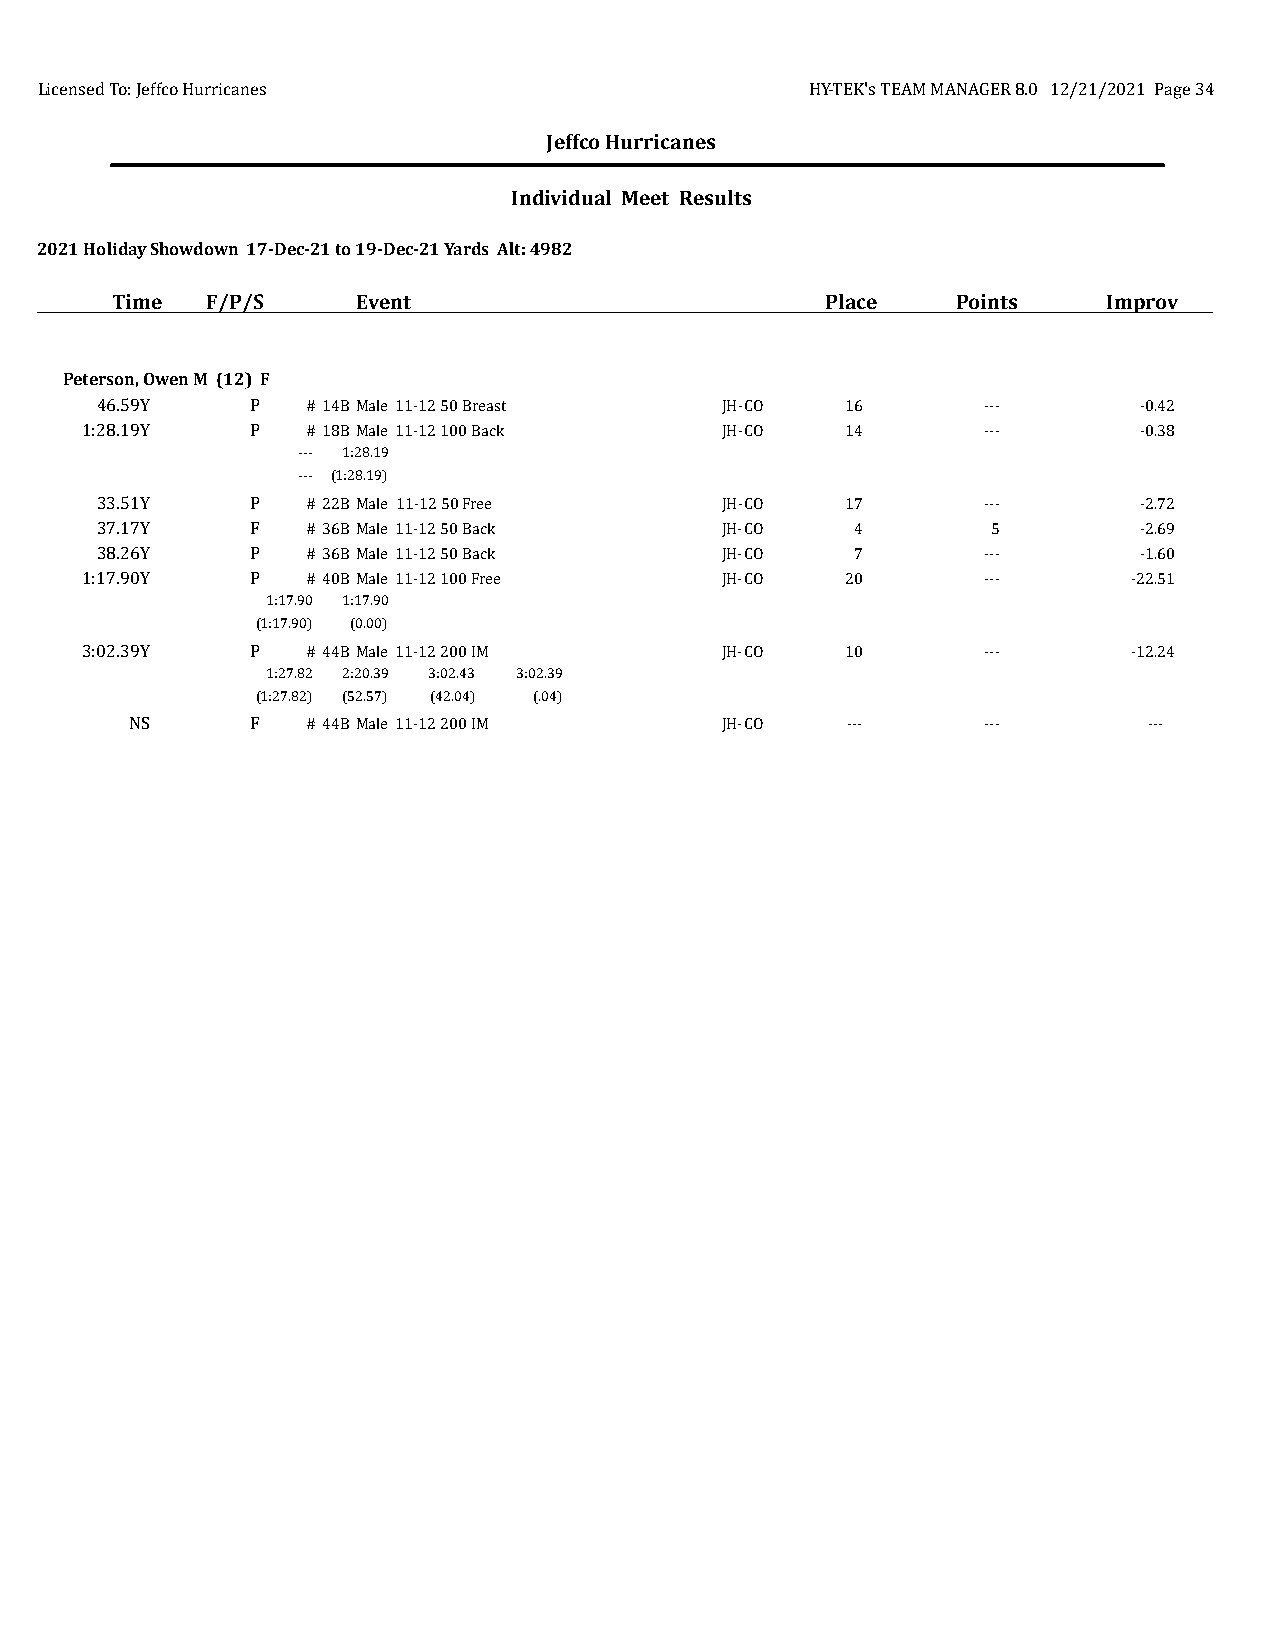
Licensed To: Jeffco Hurricanes                      HY-TEK's TEAM MANAGER 8.0 12/21/2021 Page 34
 Jeffco Hurricanes
 Individual Meet Results
 2021 Holiday Showdown 17-Dec-21 to 19-Dec-21 Yards Alt: 4982
 Time   F/P/S     Event                          Place   Points    Improv
 Peterson, Owen M (12) F
 46.59Y     P  # 14BMale 11-12 50 Breast   JH-CO   16       ---       -0.42
 1:28.19Y    P  # 18BMale 11-12 100 Back    JH-CO   14       ---       -0.38
 --- 1:28.19
 --- (1:28.19)
 33.51Y     P  # 22BMale 11-12 50 Free     JH-CO   17       ---       -2.72
 37.17Y     F  # 36BMale 11-12 50 Back     JH-CO    4        5        -2.69
 38.26Y     P  # 36BMale 11-12 50 Back     JH-CO    7       ---       -1.60
 1:17.90Y    P  # 40BMale 11-12 100 Free    JH-CO   20       ---       -22.51
 1:17.90 1:17.90
 (1:17.90) (0.00)
 3:02.39Y    P  # 44BMale 11-12 200 IM      JH-CO   10       ---       -12.24
 1:27.82 2:20.39 3:02.43 3:02.39
 (1:27.82) (52.57) (42.04) (.04)
 NS      F  # 44BMale 11-12 200 IM      JH-CO   ---      ---        ---